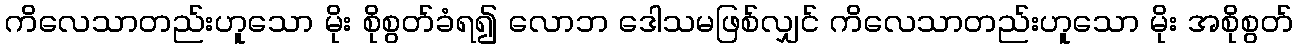
ကိလေသာတည်းဟူသော မိုး စိုစွတ်ခံရ၍ လောဘ ဒေါသမဖြစ်လျှင် ကိလေသာတည်းဟူသော မိုး အစိုစွတ်